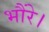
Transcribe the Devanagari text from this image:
भौंरे।